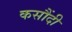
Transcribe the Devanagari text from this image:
कसौंदी